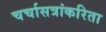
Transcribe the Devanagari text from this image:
चर्चासत्रांकरिता